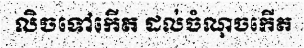
លិចទៅកើត ដល់ចំណុចកើត